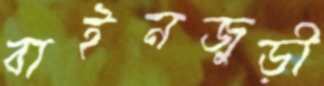
বাইনজুড়ী